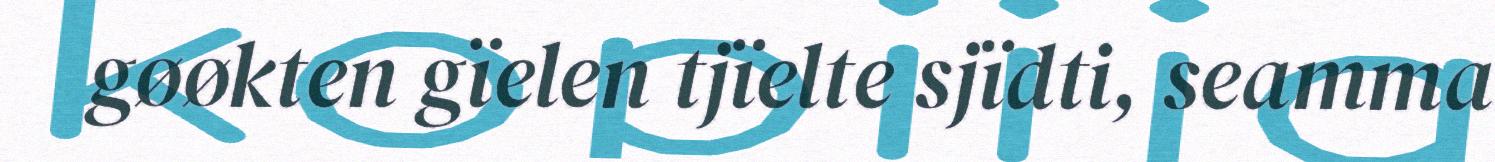
gøøkten gïelen tjïelte sjïdti, seamma